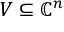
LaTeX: V \subseteq \mathbb { C } ^ { n }